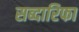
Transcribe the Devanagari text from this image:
सब्दारिफा